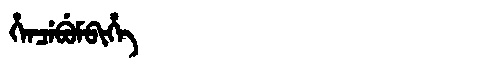
Manchu: ᡥᡝᠨᠴᡝᠪᡠᠮᠪᡳᡥᡝ
Romanization: HENCEBUMBIHE